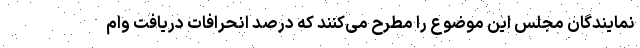
نمایندگان مجلس این موضوع را مطرح می‌کنند که درصد انحرافات دریافت وام